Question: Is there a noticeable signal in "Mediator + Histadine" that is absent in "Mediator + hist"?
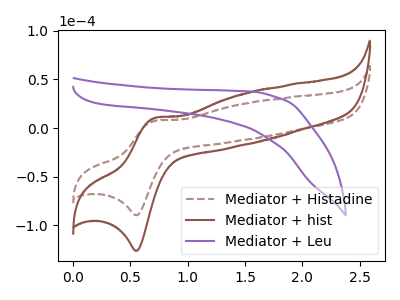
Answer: <think>The brown dashed curve "Mediator + Histadine" has an anodic peak at (0.70V, 7.25uA) and a cathodic peak at (0.55V, -89.60uA). The brown curve "Mediator + hist" has an anodic peak at (0.70V, 10.25uA) and a cathodic peak at (0.55V, -126.10uA). The purple curve "Mediator + Leu" has no peaks.
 All the peaks in "Mediator + Histadine" have a peak in "Mediator + hist" at the same potential. Every peak in "Mediator + Histadine" is lower than every peak in "Mediator + hist".</think>
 <answer>No, "Mediator + Histadine" and "Mediator + hist" don't appear to be significantly different in shape</answer>
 <eval>no_change</eval>